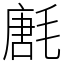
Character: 㲥